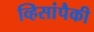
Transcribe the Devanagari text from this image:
व्हिसांपैकी